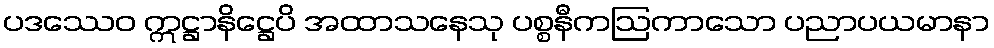
ပဒဿေဝ ဣဋ္ဌာနိဋ္ဌေပိ အထာသနေသု ပစ္စနီကဩကာသော ပညာပယမာနာ